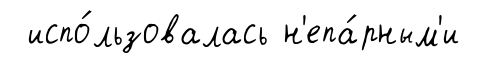
испо́льзовалась н'епа́рным'и